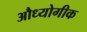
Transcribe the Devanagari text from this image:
औध्योगीक